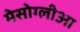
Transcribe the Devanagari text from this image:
मेसोग्लीआ